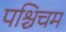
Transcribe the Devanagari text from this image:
पश्चिचम